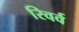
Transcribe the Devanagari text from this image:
रिवर्व